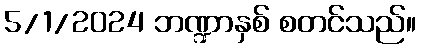
5/1/2024 ဘဏ္ဍာနှစ် စတင်သည်။